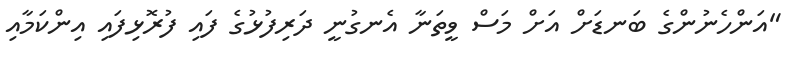
"އަންހެނުންގެ ބަނޑަށް އަށް މަސް ވީތަނާ އެނގުނީ ދަރިފުޅުގެ ފައި ފުރޮޅިފައި އިންކަމާއި